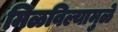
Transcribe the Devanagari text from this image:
मिळविल्यामुळे